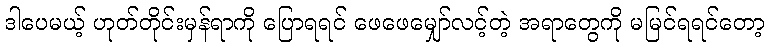
ဒါပေမယ့် ဟုတ်တိုင်းမှန်ရာကို ပြောရရင် ဖေဖေမျှော်လင့်တဲ့ အရာတွေကို မမြင်ရရင်တော့